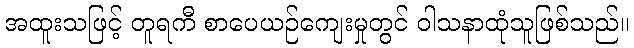
အထူးသဖြင့် တူရကီ စာပေယဉ်ကျေးမှုတွင် ဝါသနာထုံသူဖြစ်သည်။